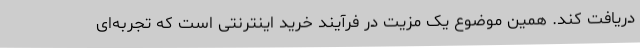
دریافت کند. همین موضوع یک مزیت در فرآیند خرید اینترنتی است که تجربه‌ای